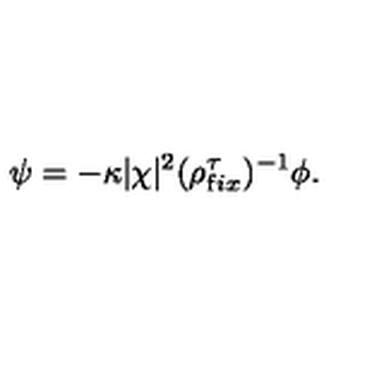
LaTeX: \psi = - \kappa | \chi | ^ { 2 } ( \rho _ { \mathrm f i x } ^ { \tau } ) ^ { - 1 } \phi .